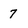
Character: 7